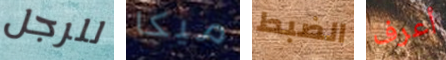
للرجل ميكا الضبط أعرف